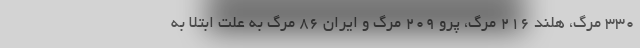
۳۳۰ مرگ، هلند ۲۱۶ مرگ، پرو ۲۰۹ مرگ و ایران ۸۶ مرگ به علت ابتلا به